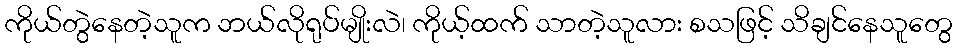
ကိုယ်တွဲနေတဲ့သူက ဘယ်လိုရုပ်မျိုးလဲ၊ ကိုယ့်ထက် သာတဲ့သူလား စသဖြင့် သိချင်နေသူတွေ